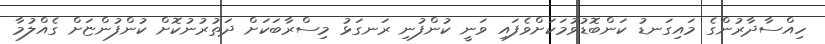
ހިއްސާދާރުންގެ މައިގަނޑު ކަންބޮޑުވުމަކަށްވެފައި ވަނީ ކުންފުނި ރަނގަޅު މިސްރާބަކަށް ދަތުރުނުކޮށް ކުންފުންޏަށް ގެއްލުމާ